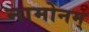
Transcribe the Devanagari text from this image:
नामोनम्